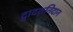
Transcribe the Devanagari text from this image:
द्वादशनिदान